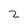
Character: 2